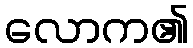
လောက၏